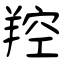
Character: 羫